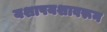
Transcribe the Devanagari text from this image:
यशापयशावरून